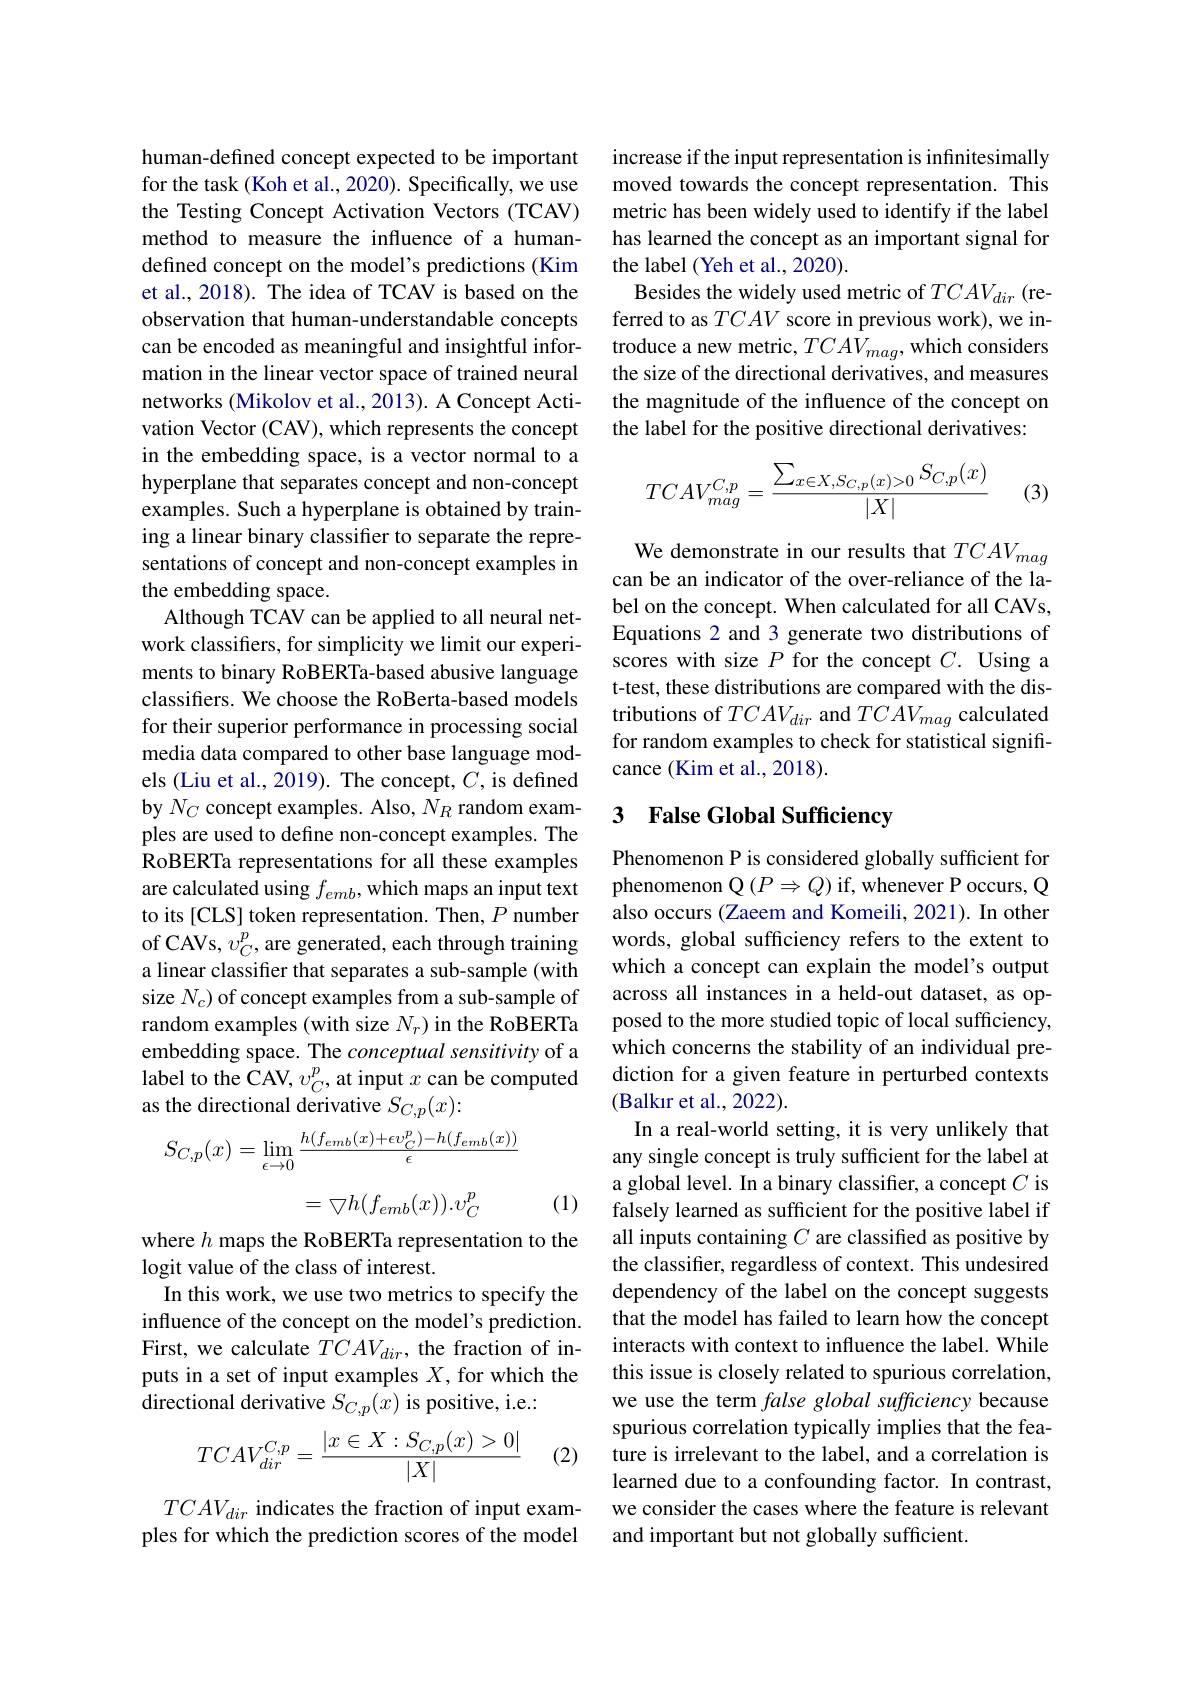
human-defined concept expected to be important for the task (Koh et al., 2020). Specifically, we use the Testing Concept Activation Vectors (TCAV) method to measure the influence of a humandefined concept on the model's predictions (Kim et al., 2018). The idea of TCAV is based on the observation that human-understandable concepts can be encoded as meaningful and insightful information in the linear vector space of trained neural networks (Mikolov et al., 2013). A Concept Activation Vector (CAV), which represents the concept in the embedding space, is a vector normal to a hyperplane that separates concept and non-concept examples. Such a hyperplane is obtained by training a linear binary classifier to separate the representations of concept and non-concept examples in the embedding space.
Although TCAV can be applied to all neural network classifers, for simplicity we limit our experiments to binary RoBERTa-based abusive language classifers. We choose the RoBerta-based models for their superior performance in processing social media data compared to other base language models (Liu et al., 2019). The concept, $C$, is defined by $N_C$ concept examples. Also, $N_R$ random examples are used to define non-concept examples. The RoBERTa representations for all these examples are calculated using $f_{emb}$, which maps an input text to its [CLS] token representation. Then, $P$ number of CAVs, $v_C^p$, are generated, each through training a linear classifier that separates a sub-sample (with size $N_c)$ of concept examples from a sub-sample of random examples (with size $N_r)$ in the RoBERTa embedding space. The $conceptual\textit{sensitivity of a}$ label to the CAV, $v_C^p$, at input $x$ can be computed as the directional derivative $S_C,p(x):$
$$S_{C,p}(x)=\lim\limits_{\epsilon\to0}\frac{h(f_{emb}(x)+\epsilon v_C^p)-h(f_{emb}(x))}{\epsilon}$$
(1)
$$=\bigtriangledown h(f_{emb}(x)).v_C^p$$
where $h$ maps the RoBERTa representation to the
logit value of the class of interest.
In this work, we use two metrics to specify the influence of the concept on the model's prediction. First, we calculate $TCAV_{dir}$, the fraction of inputs in a set of input examples $X$, for which the directional derivative $S_C,p(x)$ is positive, i.e.

(2)
$$TCAV_{dir}^{C,p}=\frac{|x\in X:S_{C,p}(x)>0|}{|X|}$$
$TCAV_{dir}$ indicates the fraction of input examples for which the prediction scores of the model

increase if the input representation is infinitesimally moved towards the concept representation. This metric has been widely used to identify if the label has learned the concept as an important signal for the label (Yeh et al., 2020).
Besides the widely used metric of $TCAV_{dir}$ (referred to as $TCAV$ score in previous work), we introduce a new metric, $TCAV_{mag}$, which considers the size of the directional derivatives, and measures the magnitude of the influence of the concept on the label for the positive directional derivatives:
$$TCAV_{mag}^{C,p}=\frac{\sum_{x\in X,S_{C,p}(x)>0}S_{C,p}(x)}{|X|}$$
(3)

We demonstrate in our results that $TCAV_{mag}$ can be an indicator of the over-reliance of the label on the concept. When calculated for all CAVs, Equations 2 and 3 generate two distributions of scores with size $P$ for the concept $C.$ Using a t-test, these distributions are compared with the distributions of $TCAV_{dir}$ and $TCAV_{mag}$ calculated for random examples to check for statistical significance (Kim et al., 2018).

### 3 False Global Sufficiency

Phenomenon P is considered globally sufficient for phenomenon Q $(P\Rightarrow Q)$ if, whenever P occurs, Q also occurs (Zaeem and Komeili, 2021). In other words, global sufficiency refers to the extent to which a concept can explain the model's output across all instances in a held-out dataset, as opposed to the more studied topic of local sufficiency, which concerns the stability of an individual prediction for a given feature in perturbed contexts (Balkır et al., 2022).
In a real-world setting, it is very unlikely that any single concept is truly sufficient for the label at a global level. In a binary classifer, a concept $C$ is falsely learned as sufficient for the positive label if all inputs containing $C$ are classified as positive by the classifier, regardless of context. This undesired dependency of the label on the concept suggests that the model has failed to learn how the concept interacts with context to influence the label. While this issue is closely related to spurious correlation, we use the term false global sufficiency because spurious correlation typically implies that the feature is irrelevant to the label, and a correlation is learned due to a confounding factor. In contrast, we consider the cases where the feature is relevant and important but not globally sufficient.